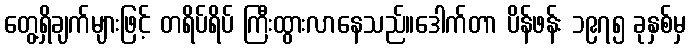
တွေ့ရှိချက်များဖြင့် တရိပ်ရိပ် ကြီးထွားလာနေသည်။ဒေါက်တာ ပိန်ဖန်း ၁၉၇၅ ခုနှစ်မှ